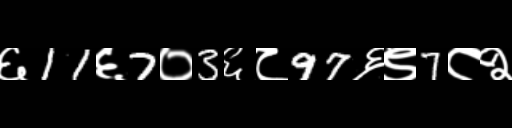
Text: ६11६7०3६८97६९7८२